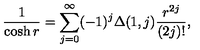
\frac { 1 } { \cosh r } = \sum _ { j = 0 } ^ { \infty } ( - 1 ) ^ { j } \Delta ( 1 , j ) \frac { r ^ { 2 j } } { ( 2 j ) ! } ,